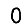
Digit: 0